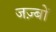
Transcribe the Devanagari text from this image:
जज़्बों